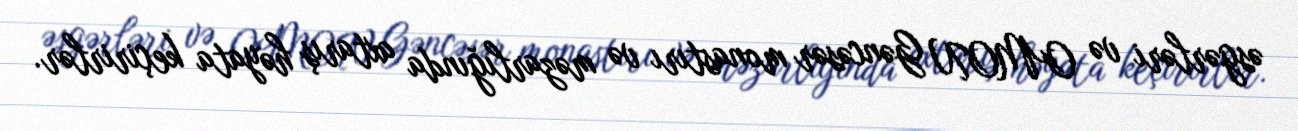
əsgərləri və OMON Gəncəsər monastırı və məzarlığında axtarış həyata keçirirlər.